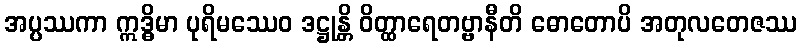
အပ္ပဿကာ ဣဒ္ဓိမာ ပုရိမဿေဝ ဒဋ္ဌုန္တိ ဝိတ္ထာရေတဗ္ဗာနီတိ ဓောတောပိ အတုလတေဇဿ